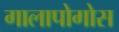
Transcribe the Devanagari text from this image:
गालापोगोस